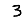
Digit: 3